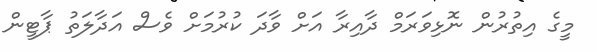
މީގެ އިތުރުން ނޮޅިވަރަމް ދާއިރާ އަށް ވާދަ ކުރުމަށް ވެސް އަދާލަތު ޕާޓީން